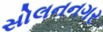
સોલનનગર